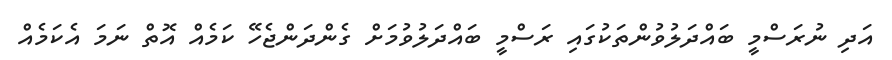
އަދި ނުރަސްމީ ބައްދަލުވުންތަކުގައި ރަސްމީ ބައްދަލުވުމަށް ގެންދަންޖެހޭ ކަމެއް އޮތް ނަމަ އެކަމެއް